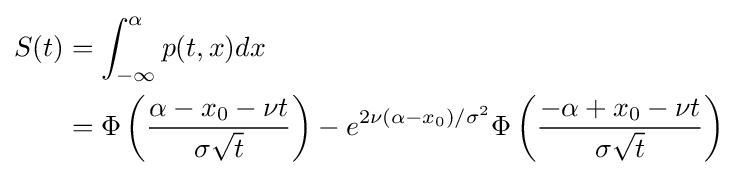
{\begin{aligned}S(t)&=\int _{-\infty }^{\alpha }p(t,x)dx\\&=\Phi \left({\alpha -x_{0}-\nu t \over {\sigma {\sqrt {t}}}}\right)-e^{2\nu (\alpha -x_{0})/\sigma ^{2}}\Phi \left({-\alpha +x_{0}-\nu t \over {\sigma {\sqrt {t}}}}\right)\end{aligned}}